Vabadussoja_Ajaloo_Komitee, lk 27
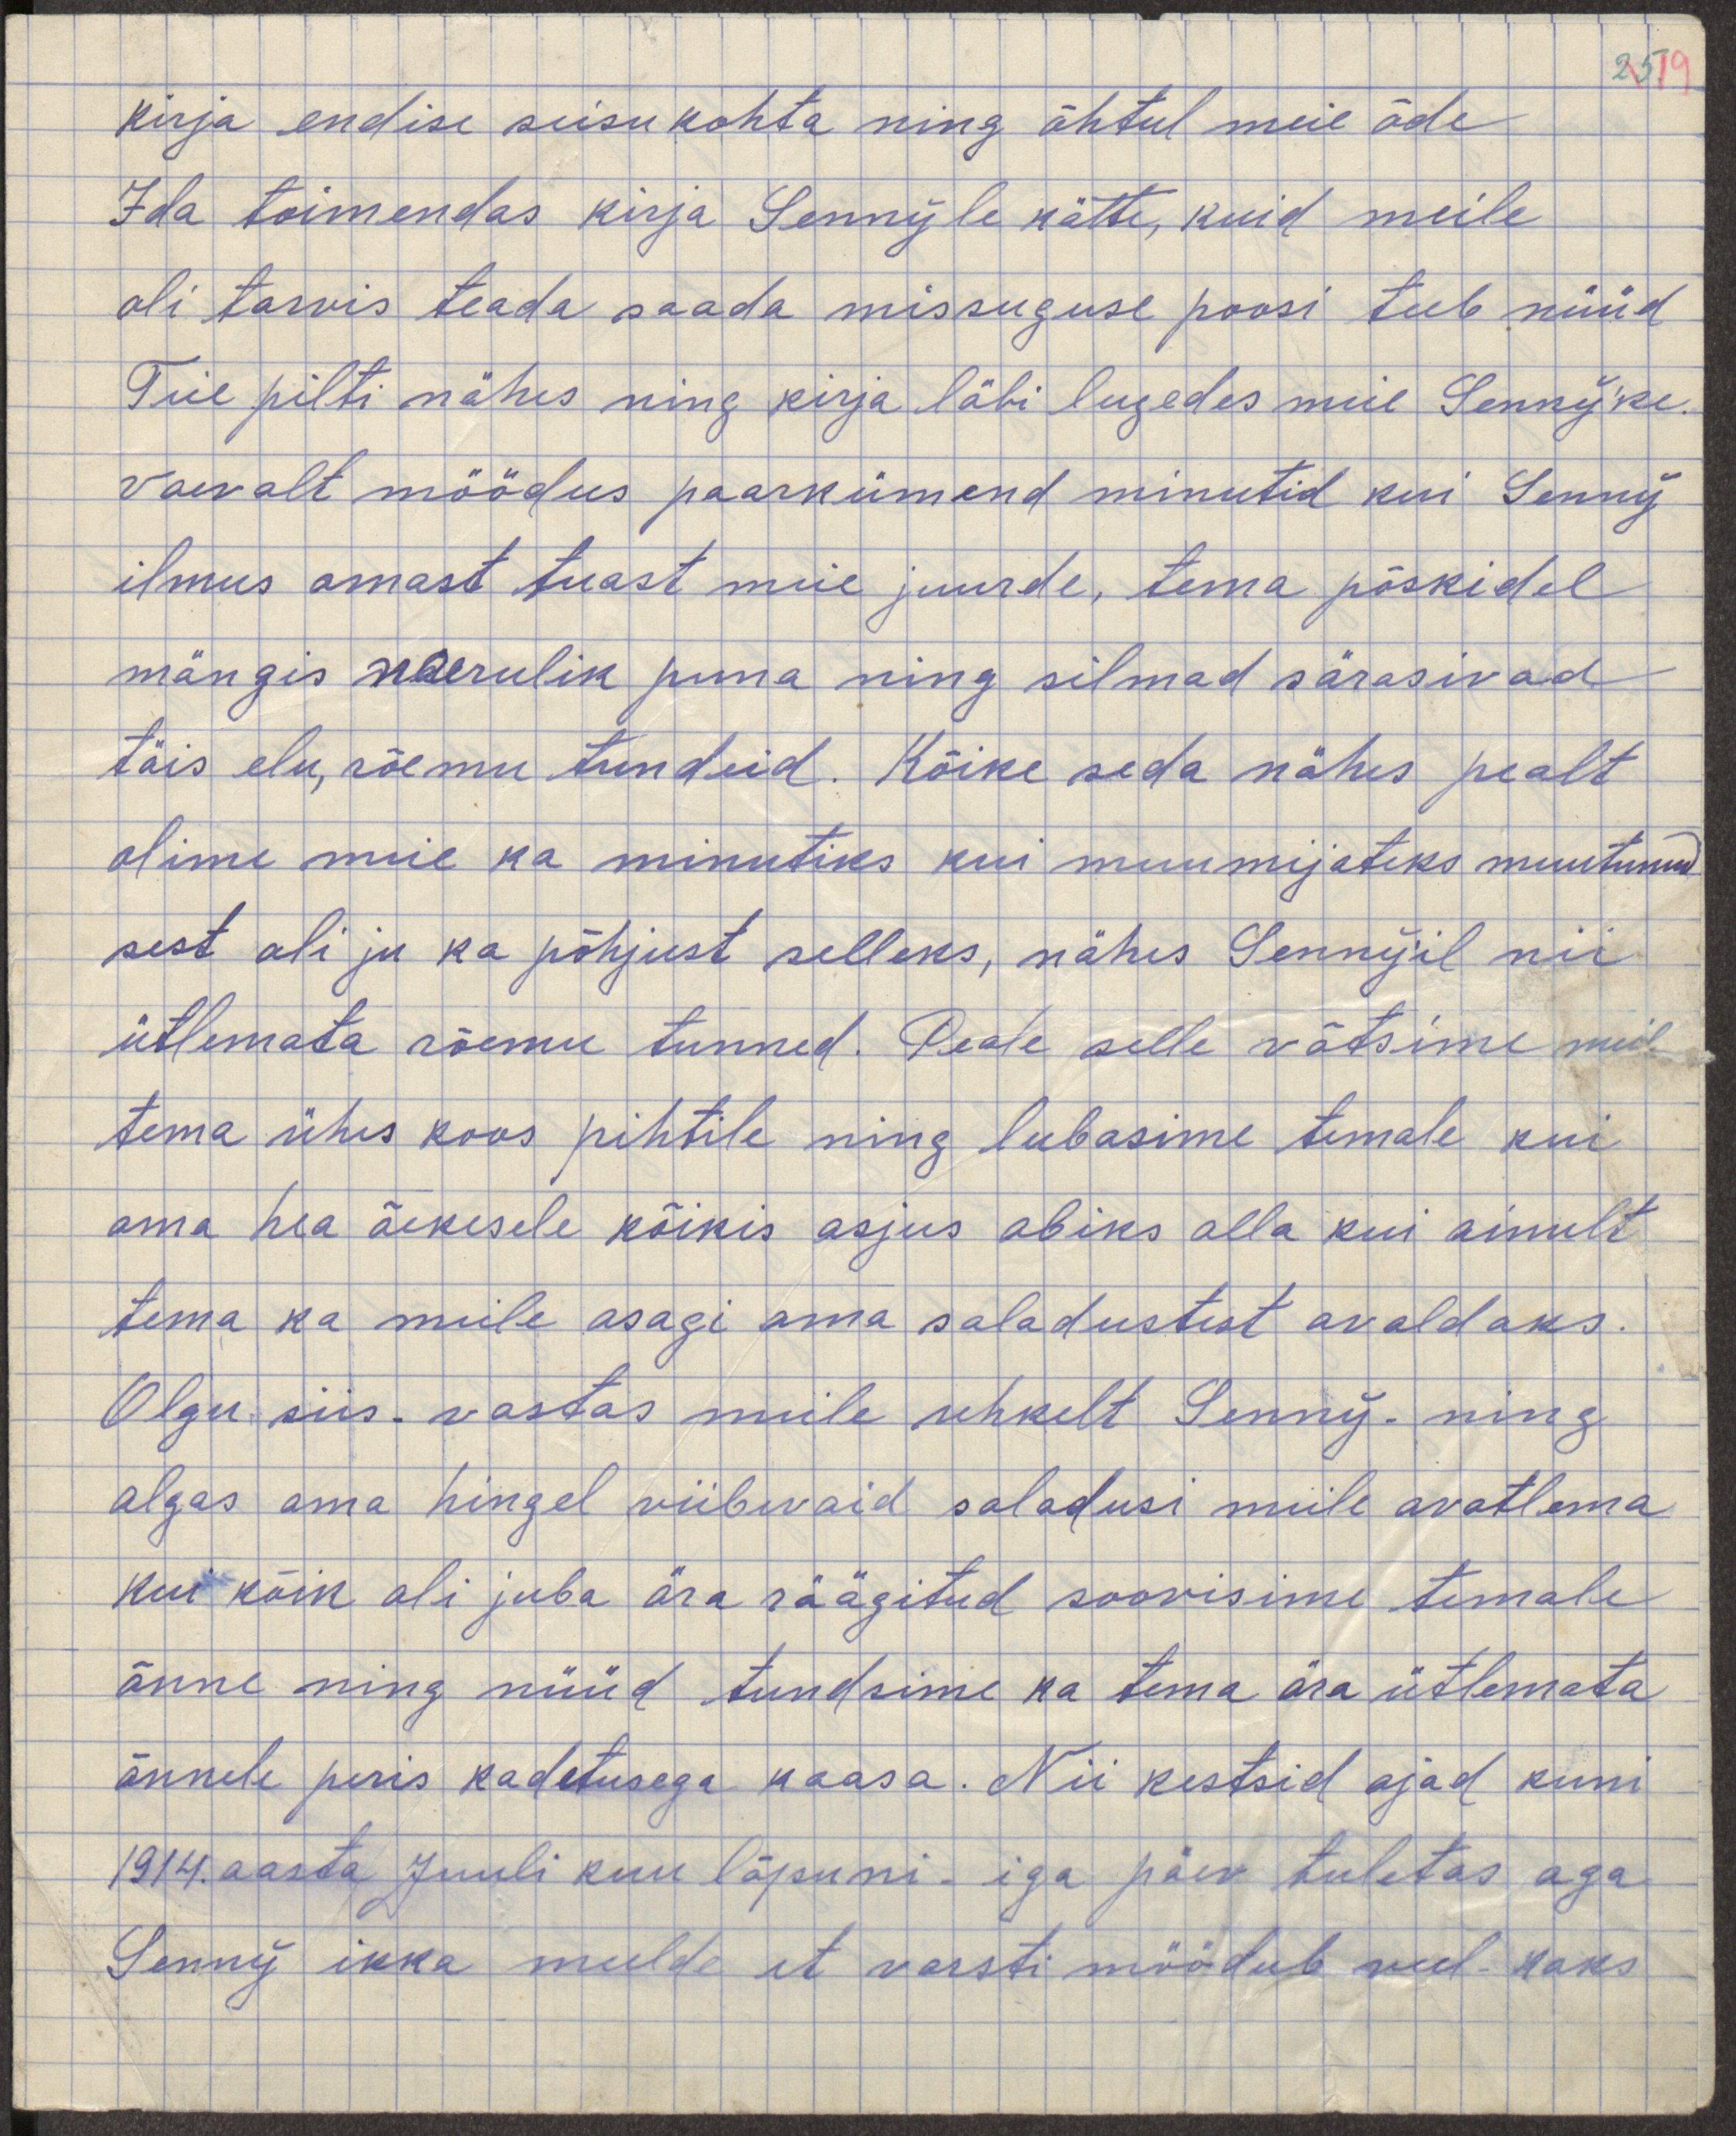
kirja endise seisu kohta ning õhtul meie õde
Ida toimendas kirja Sennyle kätte, kuid meile
oli tarvis teada saada missuguse poosi teeb nüüd
Teie pilti nähes ning kirja läbi lugedes meie Senny'ke.
vaevalt möödus paarkümmend minutid kui Senny 
ilmus omast tuast meie juurde, tema põskidel
mängis naerulik puna ning silmad särasivad
täis elu, rõemu tundeid. Kõike seda nähes pealt
olime meie ka minutiks kui muumijateks muutunud,
sest oli ju ka põhjust selleks, nähes Senny'il nii
ütlemata rõemu tunned. Peale selle võtsime meie
tema ühes koos pihtile ning lubasime temale kui
oma hea õekesele kõikis asjus abiks olla kui ainult
tema ka meile osagi oma saladustest avaldaks.
Olgu siis, vastas meile uhkelt Senny ning
algas oma hingel viibivaid saladusi meile avatlema
kui kõik oli juba ära räägitud soovisime temale
õnne ning nüüd tundsime ka tema ära ütlemata
õnnele päris kadetusega kaasa. Nii kestsid ajad kuni
1914. aasta Juuli kuu lõpuni - iga päev tuletas aga
Senny ikka meelde et varsti möödub veel kaks